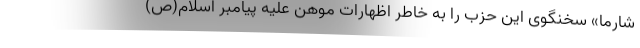
شارما» سخنگوی این حزب را به خاطر اظهارات موهن علیه پیامبر اسلام(ص)